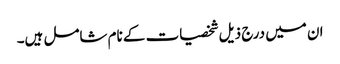
ان میں درج ذیل شخصیات کے نام شامل ہیں۔